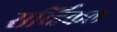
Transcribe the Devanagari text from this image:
सर्व्हिकल